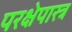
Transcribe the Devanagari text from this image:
परक्षेपास्त्र